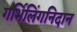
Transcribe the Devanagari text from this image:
गर्भिलिंगनिदान